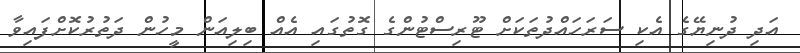
އަދި ދުނިޔޭގެ އެކި ސަރަހައްދުތަކަށް ޓޫރިސްޓުންގެ ގޮތުގައި އެއް ބިލިއަން މީހުން ދަތުރުކޮށްފައިވާ